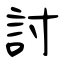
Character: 討